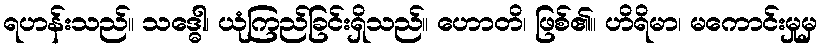
ရဟန်းသည်။ သဒ္ဓေါ၊ ယုံကြည်ခြင်းရှိသည်။ ဟောတိ၊ ဖြစ်၏။ ဟိရိမာ၊ မကောင်းမှုမှ